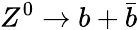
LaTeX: Z^{0}\to b+{\bar{b}}